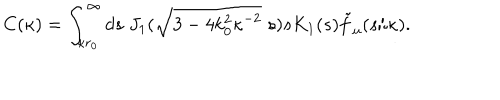
C ( \kappa ) = \int _ { \kappa r _ { 0 } } ^ { \infty } d s \; J _ { 1 } ( \sqrt { 3 - 4 k _ { 0 } ^ { 2 } \kappa ^ { - 2 } } \; s ) s K _ { 1 } ( s ) \tilde { f } _ { u } ( s / \kappa ) .